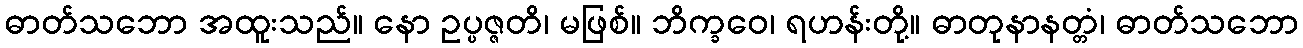
ဓာတ်သဘော အထူးသည်။ နော ဥပ္ပဇ္ဇတိ၊ မဖြစ်။ ဘိက္ခဝေ၊ ရဟန်းတို့။ ဓာတုနာနတ္တံ၊ ဓာတ်သဘော